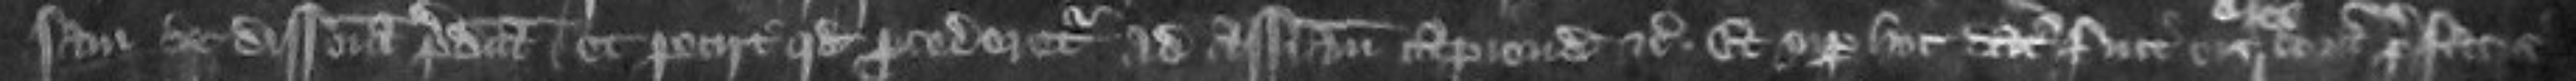
sam de disseisina predicta et petiit quod procederetur ad assisam capiendam etc Et super hoc datus fuit eis coram prefatis